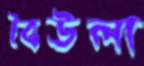
বৈউলা